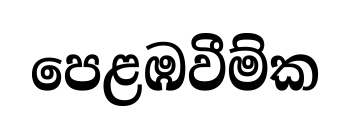
පෙළඹවීම්ක